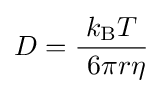
D={k_{\text{B}}T \over \ 6\pi r\eta }